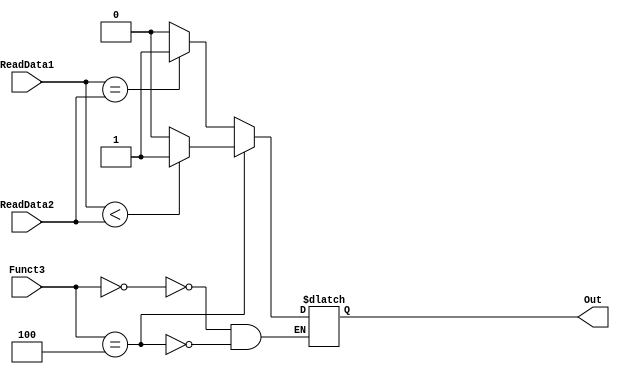
`timescale 1ns / 1ps

module Branch_Unit(Funct3, ReadData1, ReadData2, Out);
input [2:0] Funct3;
input [63:0] ReadData1, ReadData2;
output reg Out;

initial
Out = 0;

always @(*)
    begin
    case (Funct3)
        3'b000: // beq
            begin
                if (ReadData1 == ReadData2)
                    Out = 1;
                else
                    Out = 0; 
            end
        3'b100: // blt
            begin
                if (ReadData1 < ReadData2)
                    Out = 1;
                else
                    Out = 0;
            end
        3'b000: // bge
            begin
                if (ReadData1 > ReadData2)
                    Out = 1;
                else
                    Out = 0;
            end
        endcase
    end   
endmodule